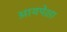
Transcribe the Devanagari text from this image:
आयपेक्षा